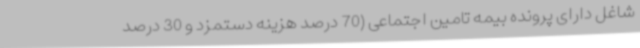
شاغل دارای پرونده بیمه تامین اجتماعی (70 درصد هزینه دستمزد و 30 درصد